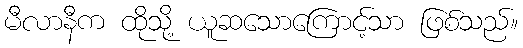
မီလာနီက ထိုသို့ ယူဆသောကြောင့်သာ ဖြစ်သည်။